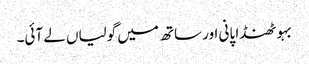
بہو ٹھنڈا پانی اور ساتھ میں گولیاں لے آئی۔